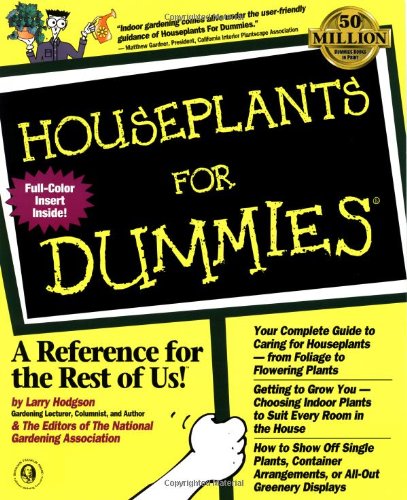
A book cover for Houseplants For Dummies; Larry Hodgson; Crafts, Hobbies & Home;